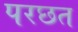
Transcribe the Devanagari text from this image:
परछत